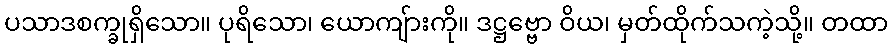
ပသာဒစက္ခုရှိသော။ ပုရိသော၊ ယောကျ်ားကို။ ဒဋ္ဌဗ္ဗော ဝိယ၊ မှတ်ထိုက်သကဲ့သို့။ တထာ